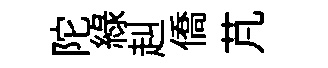
陀緑赳僑芃